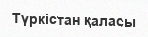
Түркістан қаласы